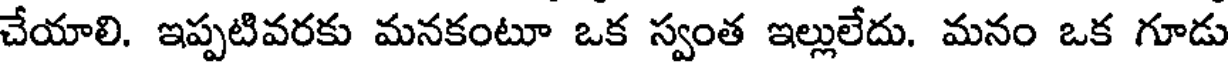
చేయాలి. ఇప్పటివరకు మనకంటూ ఒక స్వంత ఇల్లులేదు. మనం ఒక గూడు